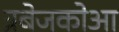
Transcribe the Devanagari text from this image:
त्रबेजकोआ